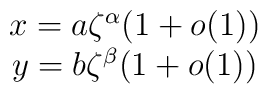
\begin{array}{c}x=a\zeta^{\alpha}(1+o(1))\\y=b\zeta^{\beta}(1+o(1))\end{array}